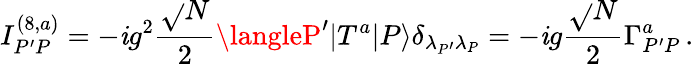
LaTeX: I_{P^{\prime}P}^{(8,a)}=-\mathit{i}g^{2}\frac{{\sqrt{}{N}}}{{2}}\langleP^{\prime}|T^{a}|P\rangle\delta_{{\lambda_{P^{\prime}}}{\lambda_{P}}}=-\mathit{i}g\frac{{\sqrt{}{N}}}{{2}}\Gamma_{P^{\prime}P}^{a}\, .